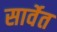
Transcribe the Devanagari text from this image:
सार्वेत